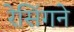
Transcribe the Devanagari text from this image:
रेसिंगने